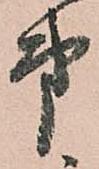
弟